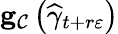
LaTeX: \mathbf{g}_{\mathcal{C}}\left(\widehat{\gamma}_{t+r\varepsilon}\right)